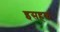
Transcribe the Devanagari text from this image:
इसहक